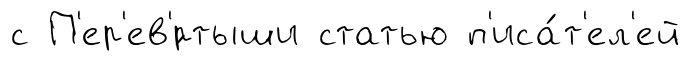
с П'ер'ев'́ртыши статью п'иса́т'ел'ей